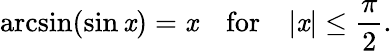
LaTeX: \arcsin(\sin\mathit{x})=\mathit{x}\quad{\mathrm{{for}}}\quad|\mathit{x}|\leq{\frac{{\pi}}{{2}}}.